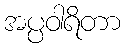
အပ္ပဝါရိတာ